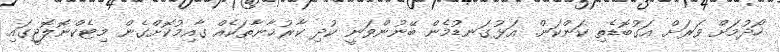
ހޯދުމަށް ވަރަށް އަގުބޮޑެތި ކަންކަން. އަޅުގަނޑުމެން ބޭނުންވަނީ ކުދި ކާރުޚާނާތަކެއް ގާއިމުކޮށްގެން މިޓެކްނޮލޮޖީގައި